Report of the Hyderabad Chloroform Commission
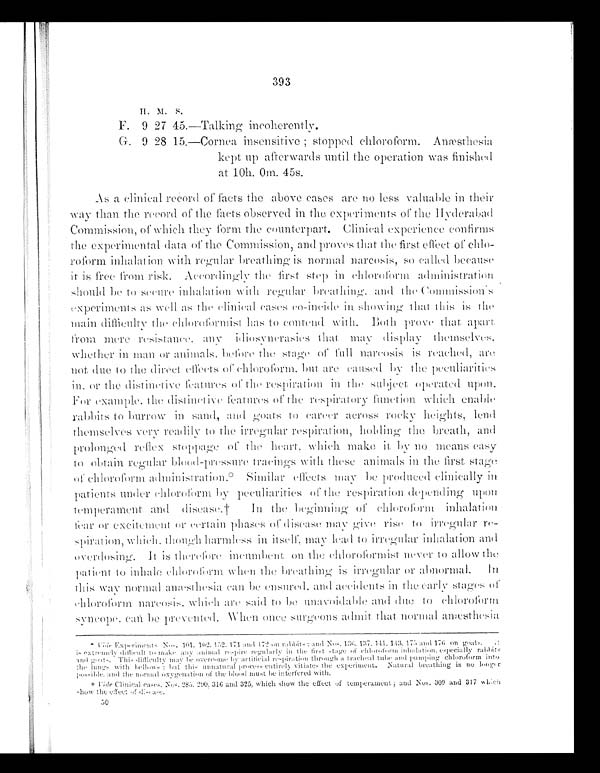
393
H. M. S.
F. 9 27 45.—Talking incoherently.
G. 9 28 15.—Cornea insensitive; stopped chloroform. Anæsthesia
k e p t u p
a f t e r w a r d s u n t i l t h e o p e r a t i o n w a s f i n i s h e d
at 10h. 0m. 45s.
As a clinical record of facts the above cases are no less valuable in their
Way than the record of the facts observed in the experiments of the Hy d e r a b a d
Commission, of which they form the counterpart. Clinical experience confirms
the experimental data of the Commission, and proves that the first effect of chlo-
roform inhalation with regular breathing is normal narcosis, so called because
it is free from risk. Accordingly the first step in chloroform administration
should be to secure inhalation with regular breathing. and the Commission's
experiments as well as the clinical cases co-incide in showing that this is the
main difficulty the chloroformist has to contend
with. Both prove that apart
f r o m m e r e
r e s i s t a n c e . a n y
i d i o s y n c r a s i e s
t h a t m a y d i s p l a y t h e m s e l v e s ,
whether in man or animals. before the stage of full narcosis is reached, are
not due to the direct effects of chloroform. but are caused by the peculiarities
i n . o r t h e d i s t i n c t i v e f e a t u r e s o f t h e r e s p i r a t i o n i n t h e s u b j e c t o p e r a t e d u p o n .
F o r e x a m p l e .
t h e
d i s t i n c t i v e
f e a
t u r e s o f t h e r e s p i r a t o r y f u n c t i o n w h i c h e n a b l e
r a b b i t s t o b u r r o w i n s a n d , a n dg
o a t s t o c a r e e r a c r o s s r o c k y h e i g h t s , l e n d
themselves very readily to the irregular respiration, holding the breath, and
prolonged reflex stoppage of the heart, which make it by no means easy
to obtain regular blood-pressure tracings with these animals in the first stage
of chloroform administration.* Similar effects may be produced clinically in
patients under chloroform by peculiarities of the respiration depending upon
t e m p e r a m e n t a n d d i s e a s e . † I n t h e b e g i n n i n go
f c h l o r o f o r m i n h a l a t i o n
fear or excitement or certain phases of disease may give rise to irregular re-
spiration, which. though harmless in itself, may lead to irregular inhalation and
overdosing. It is therefore incumbent on the chloroformist never to allow the
patient to inhale chloroform when the breathing is irregular or abnormal. In
this way normal anæsthesia can be ensured. and accidents in the early stages of
chloroform narcosis. which are said to be unavoidable and due to chloroform
syneope, can be prevented. When once surgeons admit that normal anæsthesia
*Vhle Experiments Nos. 101. 102. 152. 171 and 172 on rabbits: and Nos. 136. 137. 141. 143.
1
75 and 176 on goats. it isextremely difficult to make any animal respire regularly in the
first stage pf chloroform inhalation. especially rabbits and goats. This difficulty may be overcome by artificial respiration through a tracheal tube and pumping
chloroform into the lungs with bellows: but this unnatural process entirely vitiates the experiment. Natural
breathing is no longer possible. and the normal oxygenation of the blood must be interfered with.
†Vide Clinical cases. Nos. 285. 290. 316 and 325, which show the effect of temperament; and Nos. 309 and 317
which show the effect of disease.
5 0